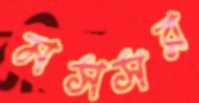
মসসর